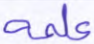
علمه